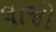
લાજો